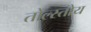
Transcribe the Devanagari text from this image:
तोल्स्तोय